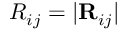
R _ { i j } = | { \bf R } _ { i j } |